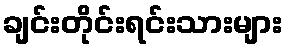
ချင်းတိုင်းရင်းသားများ